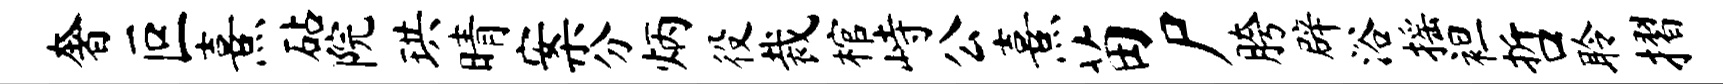
奢叵熹砧院珙晴案分炳役裁棺峙公熹苗尸胯辟浴摇袒哲聆摺